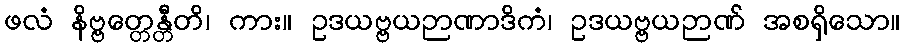
ဖလံ နိဗ္ဗတ္တေန္တီတိ၊ ကား။ ဥဒယဗ္ဗယဉာဏာဒိကံ၊ ဥဒယဗ္ဗယဉာဏ် အစရှိသော။